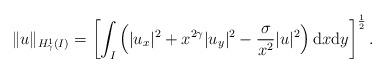
LaTeX: \begin{align*}\|u\|_{H_{\gamma}^1(I)}=\left[\int_I\left(|u_x|^2+x^{2\gamma}|u_y|^2-\frac{\sigma}{x^2}|u|^2\right){\rm d}x{\rm d}y\right]^{\frac{1}{2}}.\end{align*}